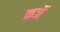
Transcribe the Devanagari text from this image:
क़र्जे